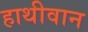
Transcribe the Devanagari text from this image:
हाथीवान